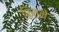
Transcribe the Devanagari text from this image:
फितने